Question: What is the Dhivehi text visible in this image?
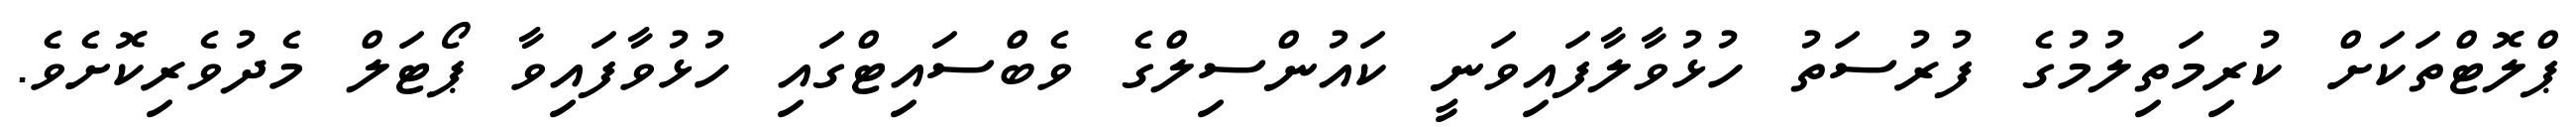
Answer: ޕްލޮޓްތަކަށް ކުރިމަތިލުމުގެ ފުރުސަތު ހުޅުވާލާފައިވަނީ ކައުންސިލްގެ ވެބްސައިޓްގައި ހުޅުވާފައިވާ ޕޯޓަލް މެދުވެރިކޮށެވެ.